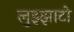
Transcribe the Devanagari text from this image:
लुझ्झाटो